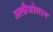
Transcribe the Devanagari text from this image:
अल्प्रैजोलाम